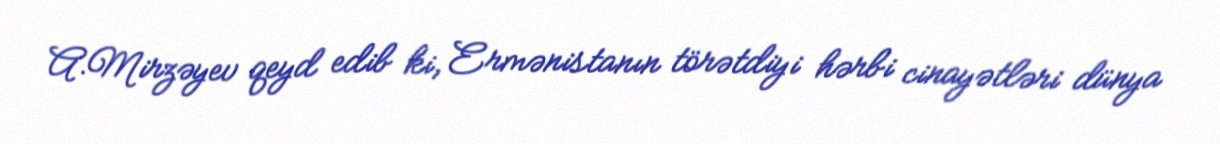
A.Mirzəyev qeyd edib ki, Ermənistanın törətdiyi hərbi cinayətləri dünya